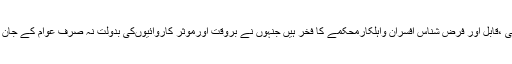
04 مئی2018ء) انسپکٹر جنرل پولیس پنجاب کیپٹن (ر) عارف نواز خان نے کہا ہے کہ محنتی ،قابل اور فرض شناس افسران واہلکارمحکمے کا فخر ہیں جنہوں نے بروقت اورموثر کاروائیوںکی بدولت نہ صرف عوام کے جان و مال کے تحفظ کو یقینی بنایا بلکہ فورس کے دیگر اہلکاروں کیلئے روشن مثال قائم کی ہے ۔